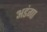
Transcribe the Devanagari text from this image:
अडंगा